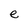
Character: e